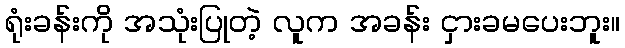
ရုံးခန်းကို အသုံးပြုတဲ့ လူက အခန်း ငှားခမပေးဘူး။